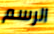
الرسم